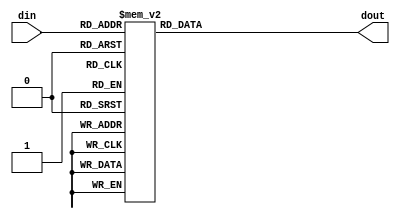
module decoder38(din,dout);
  input [2:0] din;
  output reg [7:0] dout;
  always@(din)
  begin
    case(din)
        3'b000 : dout = 8'b00000001;
        3'b001 : dout = 8'b00000010;
        3'b010 : dout = 8'b00000100;
        3'b011 : dout = 8'b00001000;
        3'b100 : dout = 8'b00010000;
        3'b101 : dout = 8'b00100000;
        3'b110 : dout = 8'b01000000;
        3'b111 : dout = 8'b10000000;
      endcase
    end
  endmodule